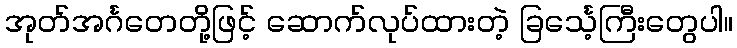
အုတ်အင်္ဂတေတို့ဖြင့် ဆောက်လုပ်ထားတဲ့ ခြင်္သေ့ကြီးတွေပါ။